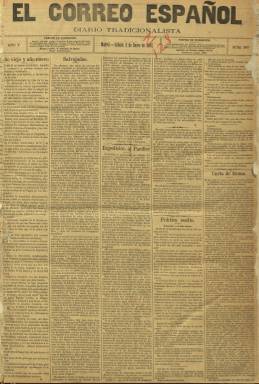
Título: El Correo español
Colección: Periódicos || Carlismo
Ámbito geográfico: Madrid
Lugar de publicación: Madrid
Fechas: 02/01/1892-23/04/1921

Con el subtítulo de Diario tradicionalista y publicitado como el periódico católico monárquico de mayor circulación, nació en 1888 a inspiración de El Correo catalán, que era en ese momento el órgano oficial del Tradicionalismo y de Don Carlos.

   Compuesto a cinco columnas y de sólo cuatro páginas, la última de ellas dedicada a publicidad, su amplio formato le permitía recoger noticias de lo más variado, con prioridad para las de contenido político. En sus últimos años cambió el subtítulo por el de Diario legitimista y un poco más tarde por el de Órgano oficial de la comunión católica-monárquica, con el lema de Dios, Patria y Justicia en su cabecera y aumentando el número de páginas primero a ocho y luego a doce para pasar de nuevo a cuatro antes de su desaparición en 1921.

  Para fundar y dirigir el periódico se desplazó a Madrid, por decisión de Don Carlos, Luis María de Llauder, que había alcanzado éxito con El Correo catalán y que sería sustituido pronto por el escritor carlista Leandro Ángel Herrero, que había sido corresponsal en Madrid de éste último periódico.

  El Correo español publicó números extraordinarios dedicados a temas como la Semana Santa, fiestas carlistas como Los mártires de la tradición, el Descubrimiento de América o el rey Luis XVI.

 Al diario se sumó en su primer año quien iba a ser una de las figuras señeras del tradicionalismo, Juan Vázquez de Mella, abogado asturiano que había dirigido periódicos en Galicia durante su etapa de estudiante en Santiago y que se estrenaría con un artículo sobre fray Luis de Granada publicado el 31 de diciembre de 1888. Vázquez de Mella, que pasó a dirigir El Correo español en 1890 y se mantuvo en el puesto durante unos años, dotó al ideario carlista de un cuerpo de doctrina traducido en programa político. Sus mayores influencias fueron Balmes, Donoso Cortés y la doctrina social del Papa León XIII.

    Con motivo de la I Guerra Mundial, Mella, que era germanófilo, rompió con don Jaime de Borbón, hijo y sucesor de Carlos VII y aliadófilo, y fundó un nuevo diario tradicionalista: El Pensamiento español.

   En 1919 quien era director en ese momento de El Correo español, Miguel Fernández, siguió la escisión de Vázque de Mella y dimitió, siendo entonces destituidos todos los redactores. Finalmente, el 30 de noviembre de 1921 cesó su publicación por orden de don Jaime, dada “la soledad y el abandono de muchos”, como explicó su último director, Arsenio de Izaga.

[Descripción modificada el 05/08/2024]